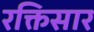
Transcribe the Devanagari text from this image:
रक्तिसार